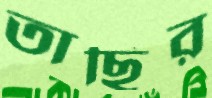
তাছির